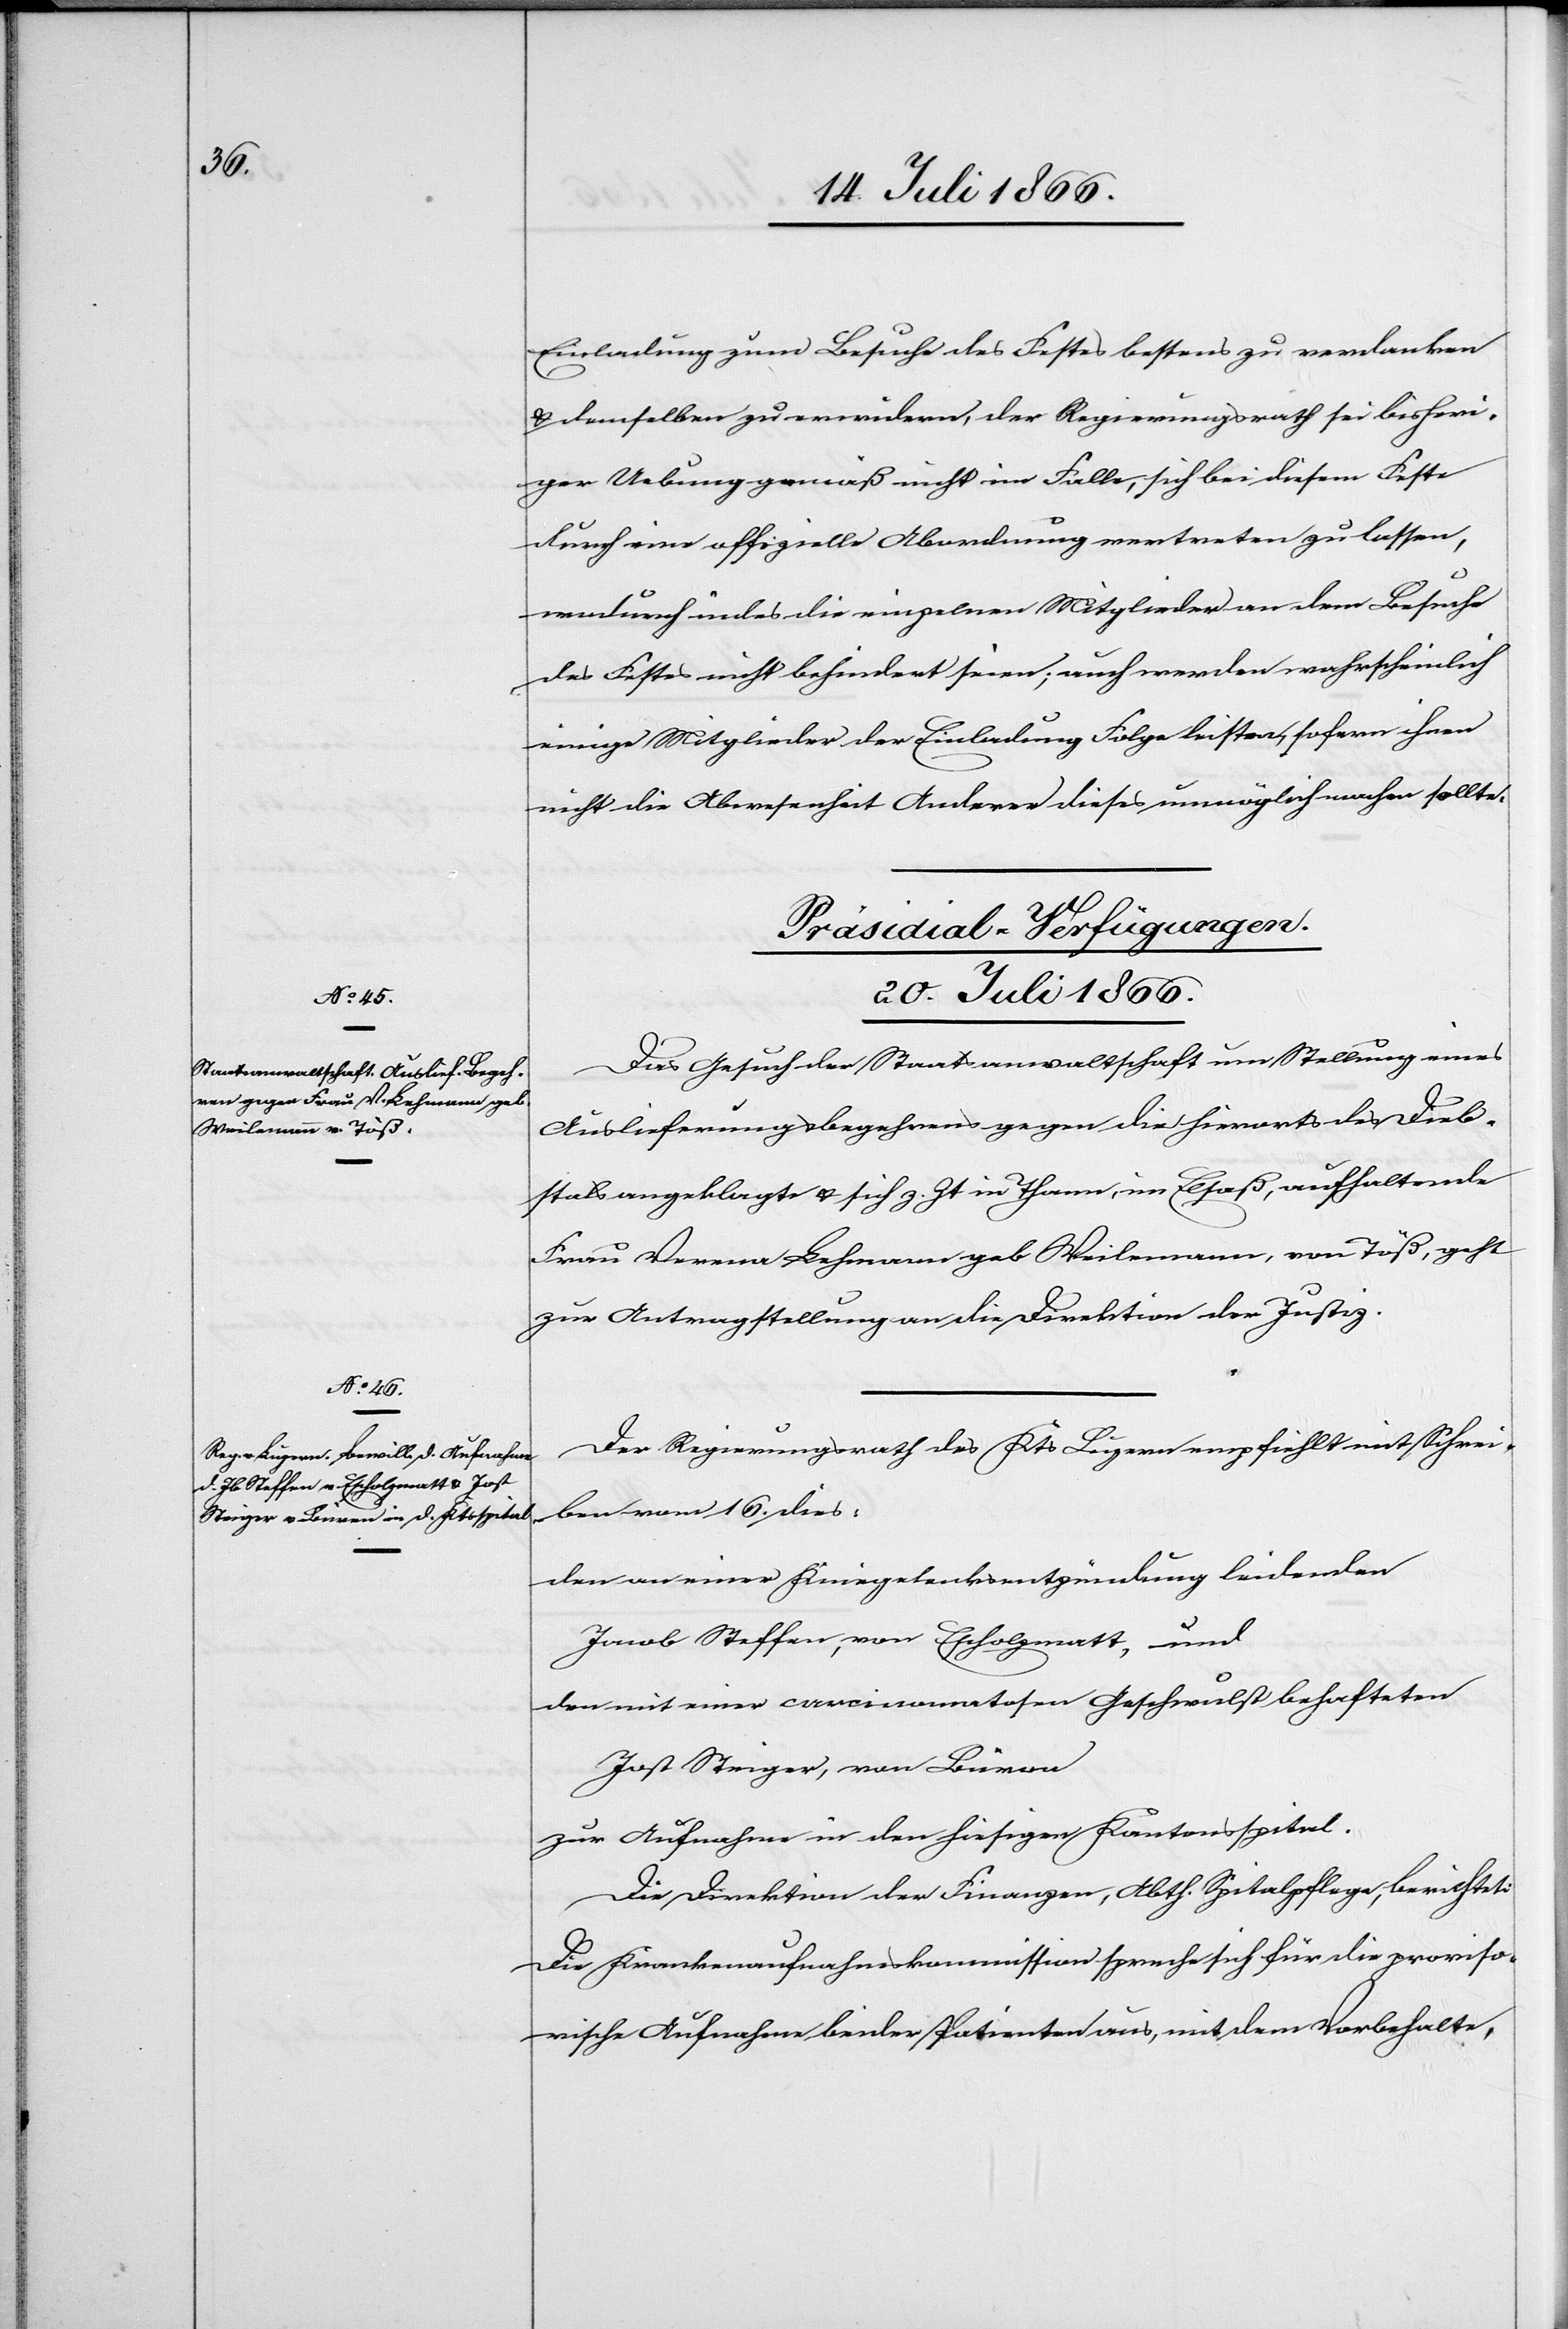
Einladung zum Besuche des Festes bestens zu verdanken
u. demselben zu erwiedern, der Regierungsrath sei bisheri¬
ger Uebung gemäß nicht im Falle, sich bei diesem Feste
durch eine offizielle Abordnung vertreten zu lassen,
wodurch indes die einzelnen Mitglieder an dem Besuche
des Festes nicht behindert seien; auch werden wahrscheinlich
einige Mitglieder der Einladung Folge leisten, sofern ihnen
nicht die Abwesenheit Anderer diese unmöglich machen sollte.
[Präsidial-Verfügungen.
20. Juli 1866.]
Das Gesuch der Staatsanwaltschaft um Stellung eines
Auslieferungsbegehrens gegen die hierorts des Dieb¬
stals angeklagte u. sich z. Zt. in Thorm, im Elsaß, aufhaltende
Frau Verena Lehmann geb. Weilemann, von Töß, geht
zur Antragstellung an die Direktion der Justiz.
Der Regierungsrath des Kts. Luzern empfiehlt mit Schrei¬
ben vom 16. dies:
den an einer Kniegelenkentzündung leidenden
Jacob Steffen, von Escholzmatt, und
den mit einer carcinomatosen Geschwulst behafteten
Jost Steiger, von Büren
zur Aufnahme in den hiesigen Kantonsspital.
Die Direktion der Finanzen, Abth. Spitalpflege, berichtet:
Die Krankenaufnahmskommission spreche sich für die proviso¬
rische Aufnahme beider Patienten aus, mit dem Vorbehalt,